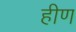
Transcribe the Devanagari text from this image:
हीण